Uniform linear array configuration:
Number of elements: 4
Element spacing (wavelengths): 0.75
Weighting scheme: cosine
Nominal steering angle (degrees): -30
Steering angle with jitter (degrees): -28.707
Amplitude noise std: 0.05
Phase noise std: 0.05

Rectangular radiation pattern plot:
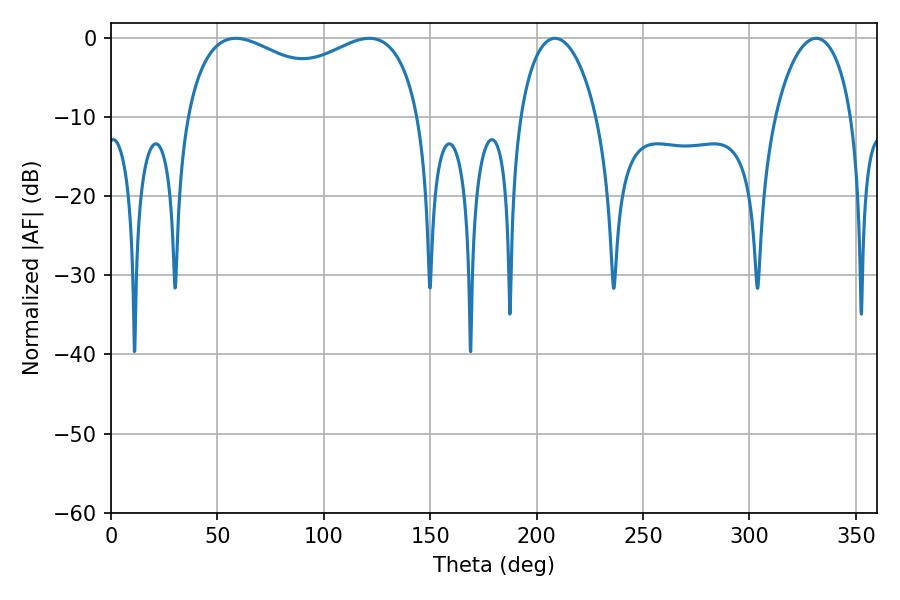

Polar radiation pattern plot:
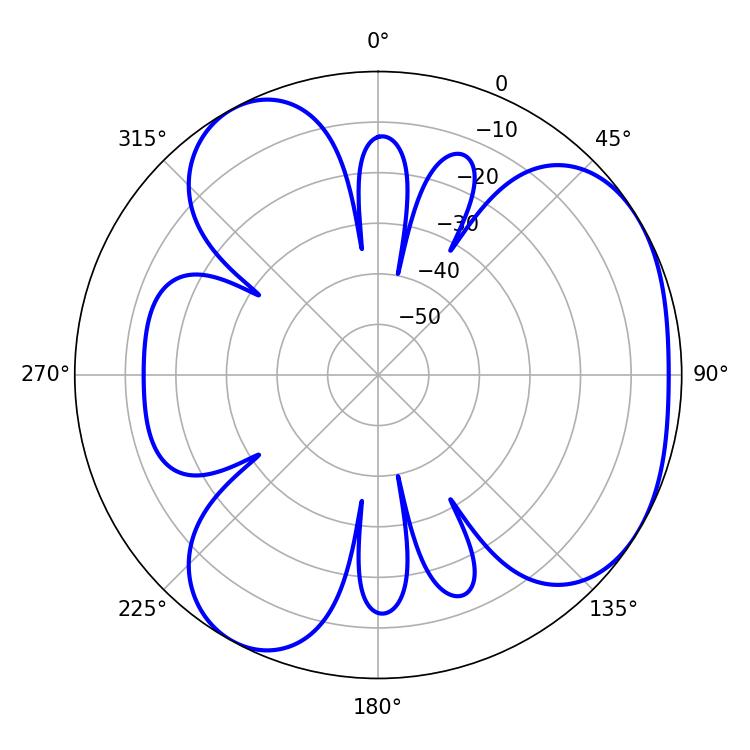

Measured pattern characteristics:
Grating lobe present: TRUE
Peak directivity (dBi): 4.194
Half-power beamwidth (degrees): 91.44
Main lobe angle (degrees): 58.68